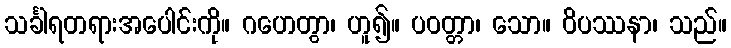
သင်္ခါရတရားအပေါင်းကို။ ဂဟေတွာ၊ ဟူ၍။ ပဝတ္တာ၊ သော။ ဝိပဿနာ၊ သည်။